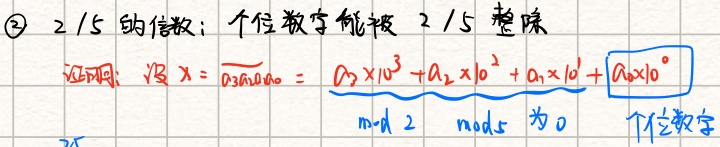
\textcircled{2} \(2 / 5\)的倍数：个位数字能被 \(2 / 5\) 整除
证明：设 \(x = \overline{a_{3}a_{2}a_{1}a_{0}}= \underbrace{a_{3} \times 10^{3}+a_{2} \times 10^{2}+a_{1} \times 10^{1}}_{\bmod 2 \bmod 5 \text{ 为 }0}+a_{0}\times10^{0}\)
个位数字